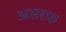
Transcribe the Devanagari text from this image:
असरफ